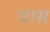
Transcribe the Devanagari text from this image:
थास